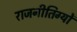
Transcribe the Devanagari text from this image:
राजनीतिग्यों